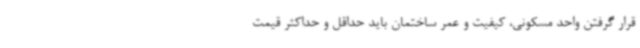
قرار گرفتن واحد مسکونی، کیفیت و عمر ساختمان باید حداقل و حداکثر قیمت